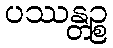
ပဿန္တဉ္စ